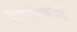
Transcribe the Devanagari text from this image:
वाजि़द